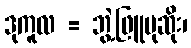
ဒုကူလ = ဘွဲ့ဖြူပုဆိုး၊